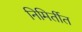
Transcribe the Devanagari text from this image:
निमिर्तीत